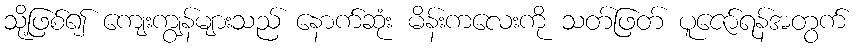
သို့ဖြစ်၍ ကျေးကျွန်များသည် နောက်ဆုံး မိန်းကလေးကို သတ်ဖြတ် ပူဇော်ရန်အတွက်